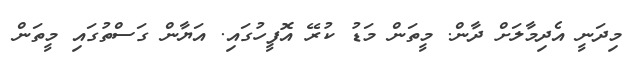
މިދަނީ އެދިމާލަށް ދާން. މީތަން މަޑު ކުރޭ އޮފީހުގައި. އަޔާން ގަސްތުގައި މީތަން